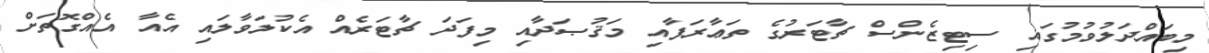
މިބައްދަލުވުމުގައި ސިޓިޒެންސް ޗާޓަރުގެ ތަޢާރަފާއި މަޤުޞަދާއި މިފަދަ ޗާޓަރެއް އެކުލަވާލައި އެއާ އެއްގޮތަށް